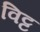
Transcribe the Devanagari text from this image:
विट्ट